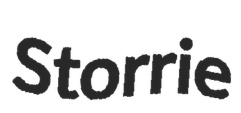
Storrie